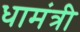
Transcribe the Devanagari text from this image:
धामंत्री